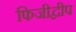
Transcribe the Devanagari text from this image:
फिजीद्वीप